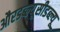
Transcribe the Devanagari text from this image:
औरडब्ल्यूसीडब्ल्यू